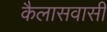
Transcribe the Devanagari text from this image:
कैलासवासी